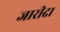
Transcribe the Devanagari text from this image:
जारीदा